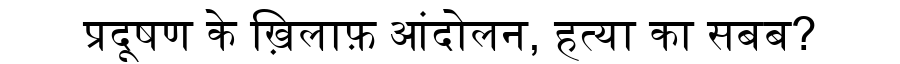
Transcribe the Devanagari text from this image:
प्रदूषण के ख़िलाफ़ आंदोलन, हत्या का सबब?